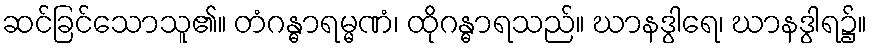
ဆင်ခြင်သောသူ၏။ တံဂန္ဓာရမ္မဏံ၊ ထိုဂန္ဓာရသည်။ ဃာနဒွါရေ၊ ဃာနဒွါရ၌။